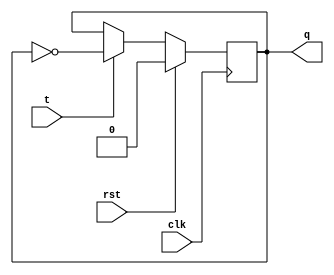
`timescale 1ns / 1ps
module tff(q,t,clk,rst);
    output q;
    reg q;
    input t,clk,rst;
    initial  begin q = 0; end
    always@(posedge clk )
    begin 
    if(rst==1)
    q = 0;
    else if(t==0)
    q=q;
    else if(t==1)
    q=~q;
    end
    endmodule